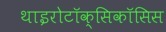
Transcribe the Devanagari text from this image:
थाइरोटॉक्सिकॉसिस